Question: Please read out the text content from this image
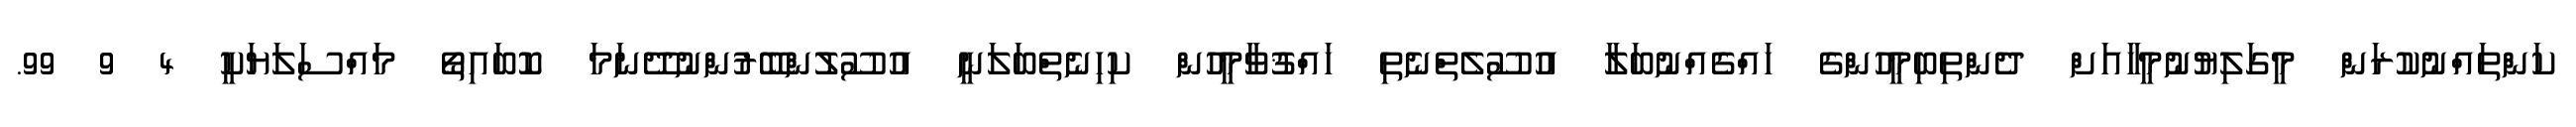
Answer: ކަންތައްނުކުރަން މީގަލިޔުނުމީހާއަށް ދެންތިބިމީހުންގެ ހައްޤެއްނުބަލާ އުސޫލެތްނެތި ހައްޤުވާމީހުން ކިހިނެތްބަލަނީ އުސޫލުންބޭރުންނުދޭނަމަ ކޮބައިތޯ މައްސަލަޔަކީ 4 9 99.